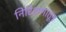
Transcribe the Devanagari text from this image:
निरिक्षणांतून